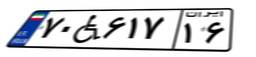
۷۰W۱۴۲۶۸